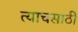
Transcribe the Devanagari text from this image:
त्याचसाठी